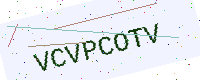
Text: VCVPCOTV